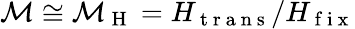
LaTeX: \mathcal{M}\cong\mathcal{M}_{\mathrm{~H~}}=H_{\mathrm{~t~r~a~n~s~}}/H_{\mathrm{~f~i~x~}}